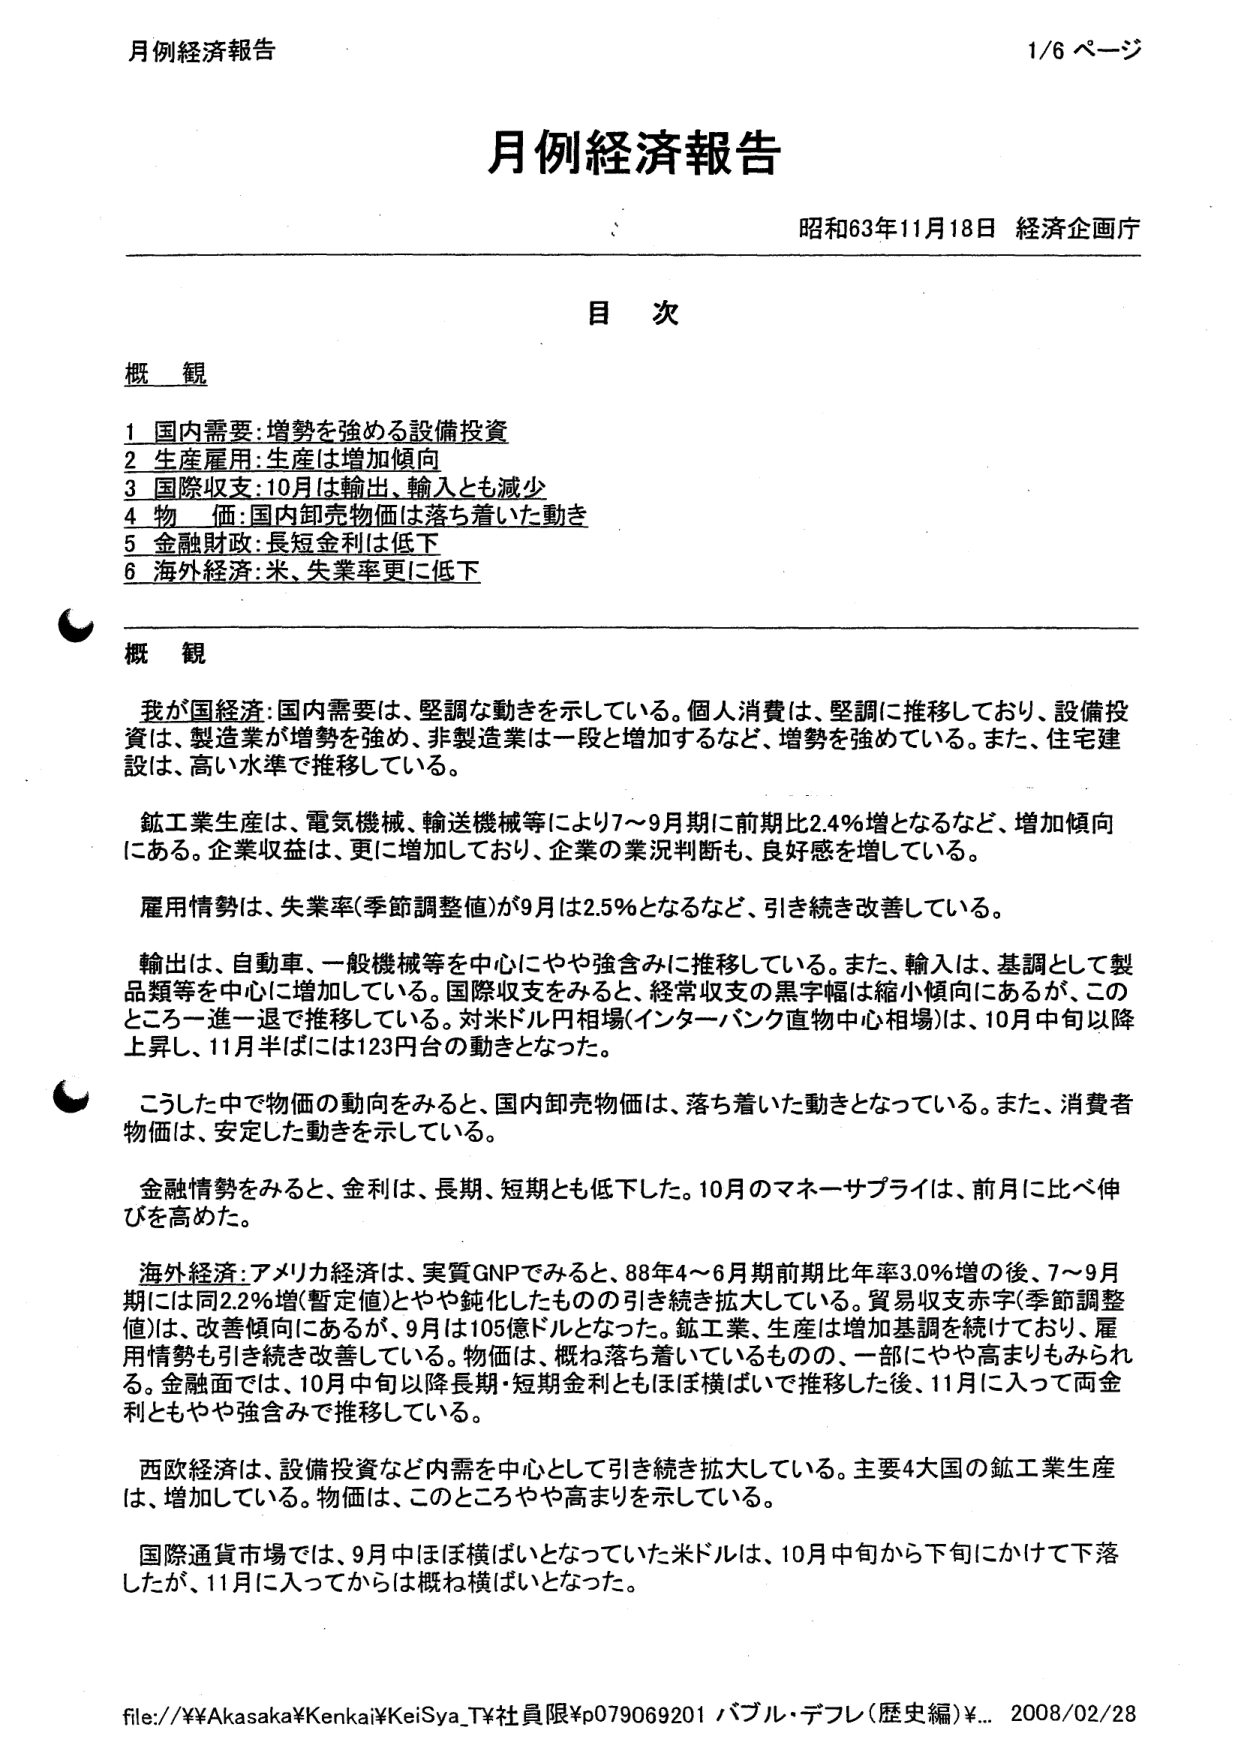
月例経済報告
1/6 ページ

月例経済報告
昭和63年11月18日 経済企画庁

目 次

概 観
1 国内需要:増勢を強める設備投資
2 生産雇用:生産は増加傾向
3 国際収支:10月は輸出、輸入とも減少
4 物 価:国内卸売物価は落ち着いた動き
5 金融財政:長短金利は低下
6 海外経済:米、失業率更に低下

概 観

我が国経済:国内需要は、堅調な動きを示している。個人消費は、堅調に推移しており、設備投資は、製造業が増勢を強め、非製造業は一段と増加するなど、増勢を強めている。また、住宅建設は、高い水準で推移している。

鉱工業生産は、電気機械、輸送機械等により7～9月期に前期比2.4%増となるなど、増加傾向にある。企業収益は、更に増加しており、企業の業況判断も、良好感を増している。

雇用情勢は、失業率(季節調整値)が9月は2.5%となるなど、引き続き改善している。

輸出は、自動車、一般機械等を中心にやや強含みに推移している。また、輸入は、基調として製品類等を中心に増加している。国際収支をみると、経常収支の黒字幅は縮小傾向にあるが、このところ一進一退で推移している。対米ドル円相場(インターバンク直物中心相場)は、10月中旬以降上昇し、11月半ばには123円台の動きとなった。

こうした中で物価の動向をみると、国内卸売物価は、落ち着いた動きとなっている。また、消費者物価は、安定した動きを示している。

金融情勢をみると、金利は、長期、短期とも低下した。10月のマネーサプライは、前月に比べ伸びを高めた。

海外経済:アメリカ経済は、実質GNPでみると、88年4～6月期前期比年率3.0%増の後、7～9月期には同2.2%増(暫定値)とやや鈍化したものの引き続き拡大している。貿易収支赤字(季節調整値)は、改善傾向にあるが、9月は105億ドルとなった。鉱工業、生産は増加基調を続けており、雇用情勢も引き続き改善している。物価は、概ね落ち着いているものの、一部にやや高まりもみられる。金融面では、10月中旬以降長期・短期金利ともほぼ横ばいで推移した後、11月に入って両金利ともやや強含みで推移している。

西欧経済は、設備投資など内需を中心として引き続き拡大している。主要4大国の鉱工業生産は、増加している。物価は、このところやや高まりを示している。

国際通貨市場では、9月中ほぼ横ばいとなっていた米ドルは、10月中旬から下旬にかけて下落したが、11月に入ってからは概ね横ばいとなった。

file://¥¥Akasaka¥Kenkai¥KeiSy_T¥社員限¥p079069201 バブル・デフレ(歴史編)¥... 2008/02/28